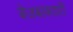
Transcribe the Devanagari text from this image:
बेजबाबदारी